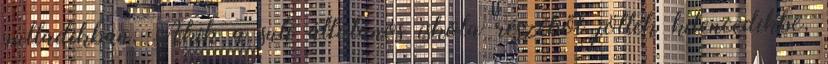
nulladikban. Akik a suli általános iskola részéből jöttek kilencedikbe,